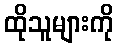
ထိုသူများကို